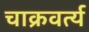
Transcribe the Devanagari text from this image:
चाक्रवर्त्य